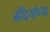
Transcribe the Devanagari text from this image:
सौंदर्याच्या